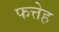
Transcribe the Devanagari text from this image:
फत्तेह